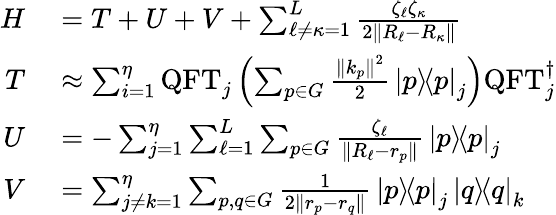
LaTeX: \begin{array}{rl}{H}&{{}=T+U+V+\sum_{\ell\neq\kappa=1}^{L}\frac{\zeta_{\ell}\zeta_{\kappa}}{2\left\| R_{\ell}-R_{\kappa}\right\| }}\\ {T}&{{}\approx\sum_{i=1}^{\eta}\mathrm{QFT}_{j}\left(\sum_{p\in G}\frac{\left\| k_{p}\right\| ^{2}}{2}\mathinner{|{p}\rangle}\! \! \mathinner{\langle{p}|}_{j}\right)\mathrm{QFT}_{j}^{\dagger}}\\ {U}&{{}=-\sum_{j=1}^{\eta}\sum_{\ell=1}^{L}\sum_{p\in G}\frac{\zeta_{\ell}}{\left\| R_{\ell}-r_{p}\right\| }\mathinner{|{p}\rangle}\! \! \mathinner{\langle{p}|}_{j}}\\ {V}&{{}=\sum_{j\neq k=1}^{\eta}\sum_{p,q\in G}\frac{1}{2\left\| r_{p}-r_{q}\right\| }\mathinner{|{p}\rangle}\! \! \mathinner{\langle{p}|}_{j}\mathinner{|{q}\rangle}\! \! \mathinner{\langle{q}|}_{k}}\end{array}